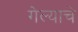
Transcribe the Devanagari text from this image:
गेल्‍याचे